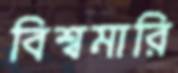
বিশ্বমারি